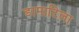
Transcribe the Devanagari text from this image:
डामाटिला